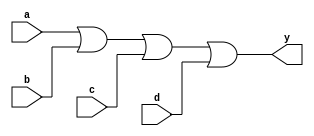
module or_gate_4(input a, input b, input c, input d, output y);
    assign y = a | b | c | d;
endmodule